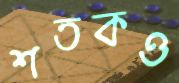
শতকও